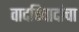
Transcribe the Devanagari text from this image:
वादविवादांचा